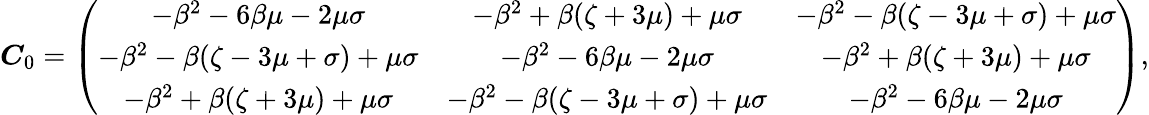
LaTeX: \begin{array}{r}{\boldsymbol C_{0}=\left(\begin{array}{ccc}{-\beta^{2}-6\beta\mu-2\mu\sigma}&{-\beta^{2}+\beta(\zeta+3\mu)+\mu\sigma}&{-\beta^{2}-\beta(\zeta-3\mu+\sigma)+\mu\sigma}\\ {-\beta^{2}-\beta(\zeta-3\mu+\sigma)+\mu\sigma}&{-\beta^{2}-6\beta\mu-2\mu\sigma}&{-\beta^{2}+\beta(\zeta+3\mu)+\mu\sigma}\\ {-\beta^{2}+\beta(\zeta+3\mu)+\mu\sigma}&{-\beta^{2}-\beta(\zeta-3\mu+\sigma)+\mu\sigma}&{-\beta^{2}-6\beta\mu-2\mu\sigma}\end{array}\right),}\end{array}